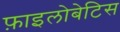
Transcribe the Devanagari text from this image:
फ़ाइलोबेटिस